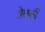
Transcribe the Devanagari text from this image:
प्रेसकी